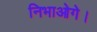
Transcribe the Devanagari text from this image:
निभाओगे।